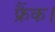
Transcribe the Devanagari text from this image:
फ्रैंक।